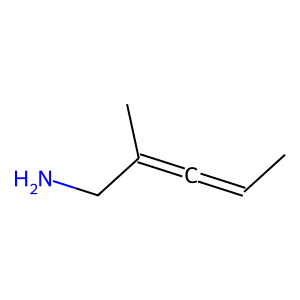
SMILES: CC=C=C(C)CN
Inhibits HIV replication: No